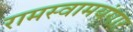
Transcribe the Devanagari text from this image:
रामस्वामयंगार